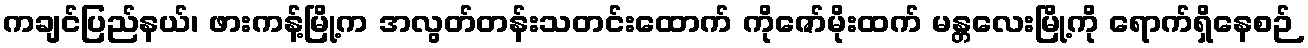
ကချင်ပြည်နယ်၊ ဖားကန့်မြို့က အလွတ်တန်းသတင်းထောက် ကိုဇော်မိုးထက် မန္တလေးမြို့ကို ရောက်ရှိနေစဉ်